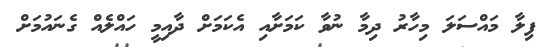
ފިލާ މައްސަލަ މިހާރު ދިމާ ނުވާ ކަމަށާއި އެކަމަށް ދާއިމީ ހައްލެއް ގެނައުމަށް